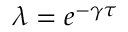
\lambda = e ^ { - \gamma \tau }